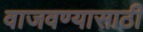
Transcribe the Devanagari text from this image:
वाजवण्यासाठी